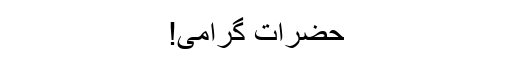
حضرات گرامی!